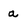
Character: a